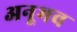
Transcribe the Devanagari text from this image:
अनूभव